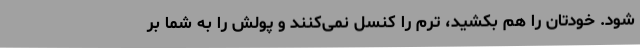
شود. خودتان را هم بکشید، ترم را کنسل نمی‌کنند و پولش را به شما بر